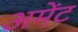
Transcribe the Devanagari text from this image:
अमेंट